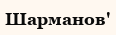
Шарманов'